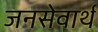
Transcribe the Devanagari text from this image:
जनसेवार्थ